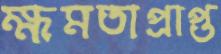
ক্ষমতাপ্রাপ্ত